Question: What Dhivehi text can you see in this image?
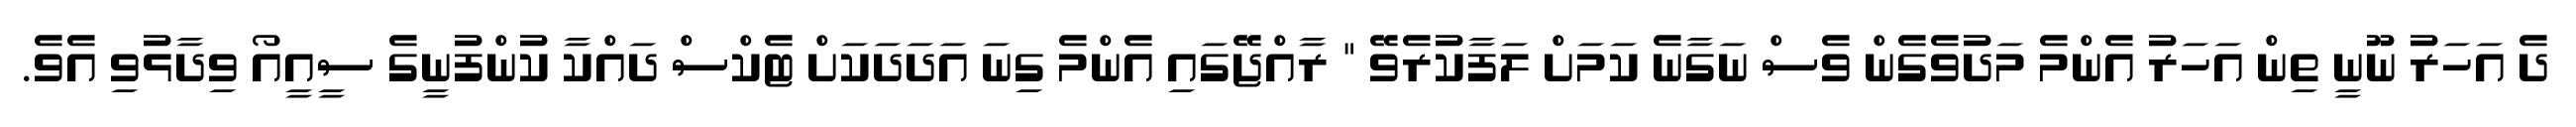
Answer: ދެ އަހަރު ނޫނީ ތިން އަހަރު އެންމެ މަދުވެގެން ވެސް ނަގާނެ ކަމަށް ލަފާކުރެވޭ " ރާއްޖޭގައި އެންމެ ގިނަ އަދަދަކަށް ޓެކްސް ދައްކާ ކުންފުނީގެ ސީއީއޯ ވިދާޅުވި އެވެ.